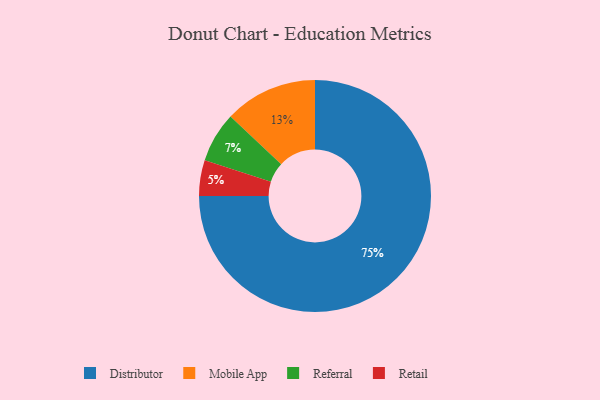
{"axis": {"x": "Category", "y": "Percentage"}, "legend": ["Distributor", "Mobile App", "Referral", "Retail"], "data": [{"x": "Distributor", "y": 75, "type": "Distributor"}, {"x": "Mobile App", "y": 13, "type": "Mobile App"}, {"x": "Referral", "y": 7, "type": "Referral"}, {"x": "Retail", "y": 5, "type": "Retail"}]}